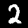
Digit: 2